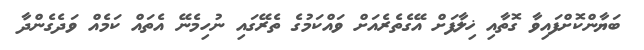
ބަޔާންކޮށްފައިވާ ގޮތާއި ޚިލާފަށް އޭގެތެރެއަށް ވައްކަމުގެ ތެރޭގައި ނުހިމެނޭ އެތައް ކަމެއް ވަދެގެންދާ